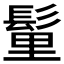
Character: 𩭇